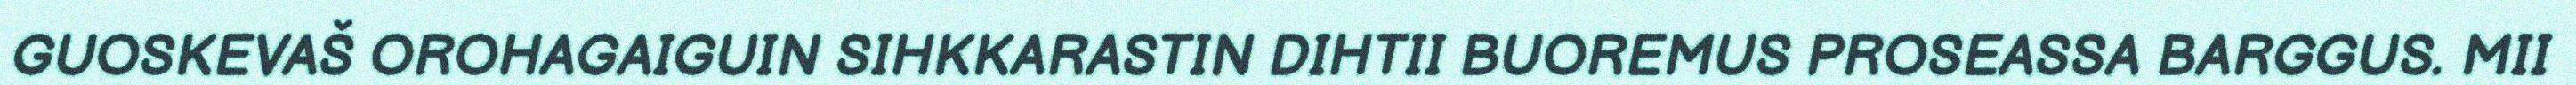
GUOSKEVAŠ OROHAGAIGUIN SIHKKARASTIN DIHTII BUOREMUS PROSEASSA BARGGUS. MII